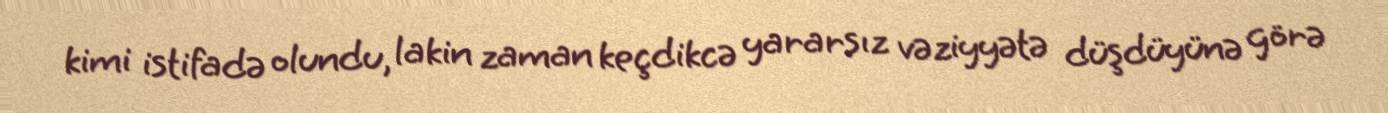
kimi istifadə olundu, lakin zaman keçdikcə yararsız vəziyyətə düşdüyünə görə